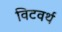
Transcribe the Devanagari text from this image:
विटवर्थ